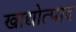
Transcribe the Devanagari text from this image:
खाद्योत्पाद